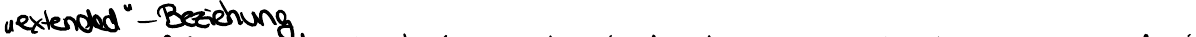
"""extend"" - Beziehung"